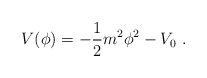
\begin{align*}V(\phi)=-{1 \over 2}m^2\phi^2 -V_0 \ .\end{align*}